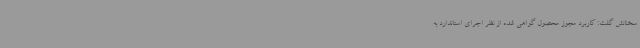
سخنانش گفت: کاربرد مجوز محصول گواهی شده از نظر اجرای استاندارد به